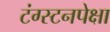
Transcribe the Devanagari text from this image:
टंग्स्टनपेक्षा